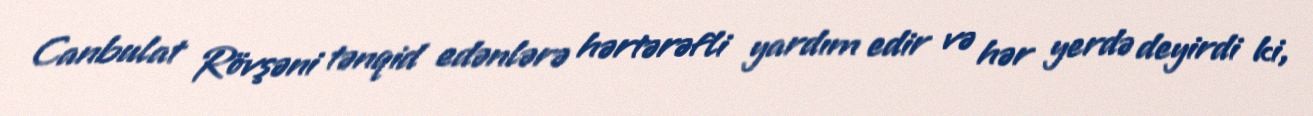
Canbulat Rövşəni tənqid edənlərə hərtərəfli yardım edir və hər yerdə deyirdi ki,